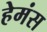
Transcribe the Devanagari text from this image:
हेमंस